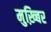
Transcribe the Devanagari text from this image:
मुख़्बिर